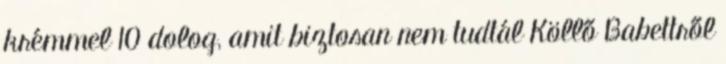
krémmel 10 dolog, amit biztosan nem tudtál Köllő Babettről